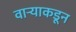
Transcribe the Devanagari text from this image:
वाऱ्याकडून